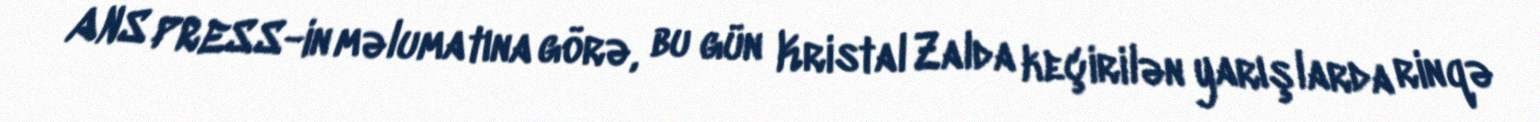
ANS PRESS-in məlumatına görə, bu gün Kristal Zalda keçirilən yarışlarda rinqə